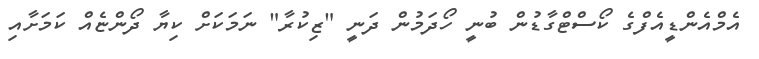
އެމްއެންޑީއެފްގެ ކޯސްޓްގާޑުން ބުނީ ހޯދަމުން ދަނީ "ޒިކުރާ" ނަމަކަށް ކިޔާ ދޯންޏެއް ކަމަށާއި